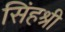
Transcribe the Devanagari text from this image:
सिंहश्री